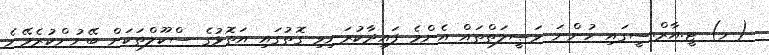
(ނ) ޓީ.އާރް.ސީގައި ހުންނަ ވަޞީލަތްތައް އެންމެ ފައިދާކުރަނިވި ގޮތުގައި އަތޮޅުގެ ސްކޫލްތަކަށް ބޭނުންކުރެވޭނެ